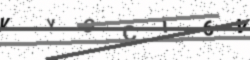
Text: VYOCI6V